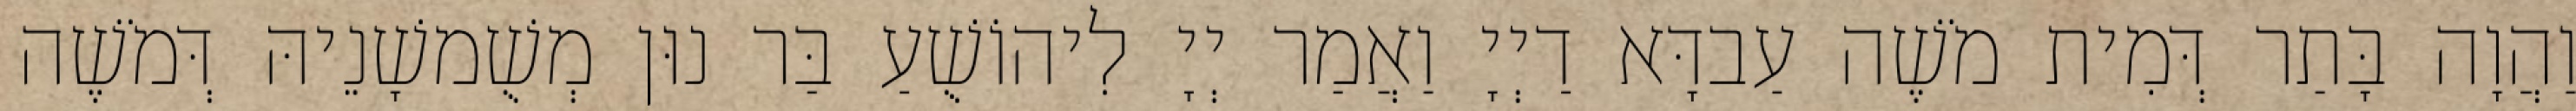
וַהֲוָה בָּתַר דְּמִית מֹשֶׁה עַבדָּא דַיְיָ וַאֲמַר יְיָ לִיהוֹשֻׁעַ בַּר נוּן מְשֻׁמשָׁנֵיהּ דְּמֹשֶׁה